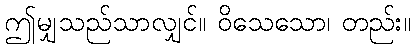
ဤမျှသည်သာလျှင်။ ဝိသေသော၊ တည်း။